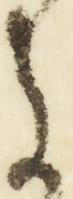
に